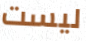
ليست